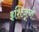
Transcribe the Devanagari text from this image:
इशिज़ूची